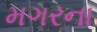
મગરના